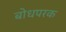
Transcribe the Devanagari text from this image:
बोधपरक